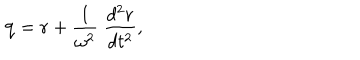
{ \bf q } = { \bf r } + { \frac { 1 } { \omega ^ { 2 } } } \; { \frac { d ^ { 2 } { \bf r } } { d t ^ { 2 } } } ,